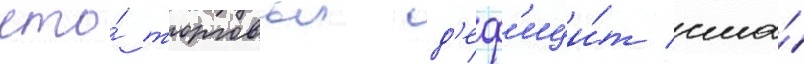
что́ торговыи д'еф'ици́т сша́